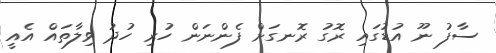
ސާފު ނޫ އުޑުގައި ރޮގު ރޮނގަށް ފެންނަން ހުރި ހުދު ވިލާތައް އެއީ